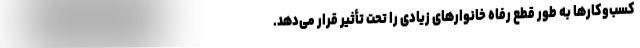
کسب‌وکارها به طور قطع رفاه خانوارهای زیادی را تحت تأثیر قرار می‌دهد.